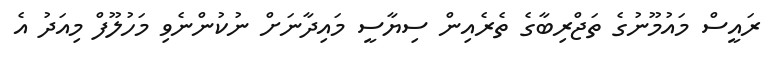
ރައީސް މައުމޫނުގެ ތަޖްރިބާގެ ތެރެއިން ސިޔާސީ މައިދާނަށް ނުކުންނެވި މަހުލޫފް މިއަދު އެ